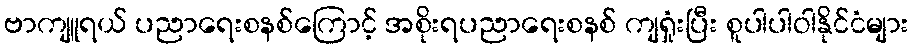
ဗာကျူရယ် ပညာရေးစနစ်ကြောင့် အစိုးရပညာရေးစနစ် ကျရှုံးပြီး စူပါပါဝါနိုင်ငံများ